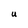
Character: U